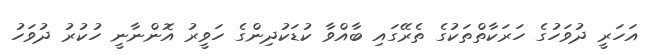
އަހަރީ ދުވަހުގެ ހަރަކާތްތަކުގެ ތެރޭގައި ބާއްވާ ކުޑަކުދިންގެ ހަވީރު އޮންނާނީ ހުކުރު ދުވަހު